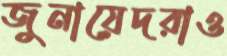
জুনায়েদরাও